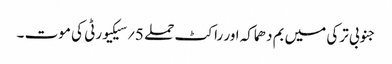
جنوبی ترکی میں بم دھماکہ اور راکٹ حملے 5؍سیکیورٹی کی موت ۔